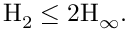
\mathrm { H } _ { 2 } \leq 2 \mathrm { H } _ { \infty } .